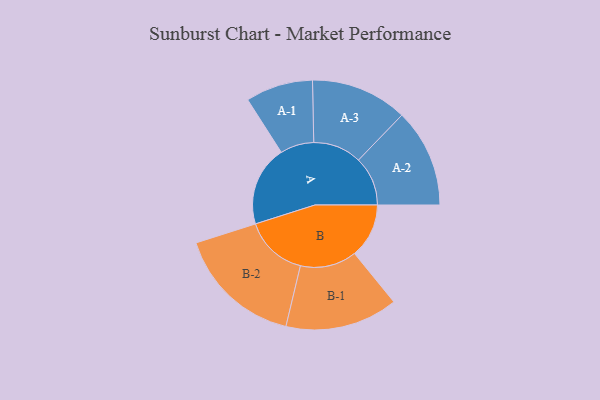
{"axis": {"x": "Segment", "y": "Value"}, "legend": ["", "A", "B"], "data": [{"x": "A", "y": 372, "type": ""}, {"x": "B", "y": 252, "type": ""}, {"x": "A-1", "y": 156, "type": "A"}, {"x": "A-2", "y": 228, "type": "A"}, {"x": "A-3", "y": 224, "type": "A"}, {"x": "B-1", "y": 261, "type": "B"}, {"x": "B-2", "y": 292, "type": "B"}]}